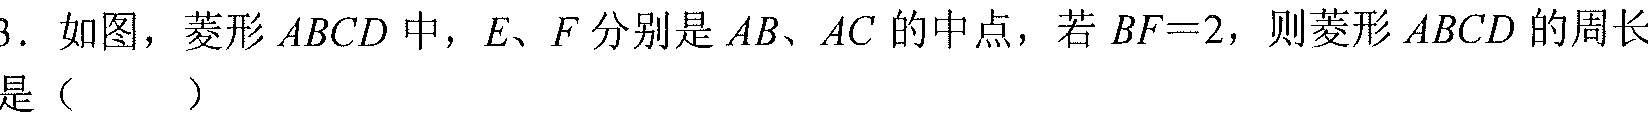
3. 如图，菱形\(ABCD\)中，\(E、F\)分别是\(AB、AC\)的中点，若\(BF = 2\)，则菱形\(ABCD\)的周长是（  ）